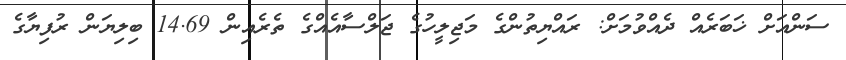
ސަންއަށް ޚަބަރެއް ދެއްވުމަށް: ރައްޔިތުންގެ މަޖިލީހުގެ ޖަލްސާއެއްގެ ތެރެއިން 14.69 ބިލިޔަން ރުފިޔާގެ